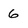
Character: 6